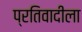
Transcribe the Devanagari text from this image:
प्रतिवादीला